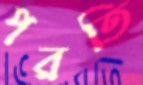
পরতি